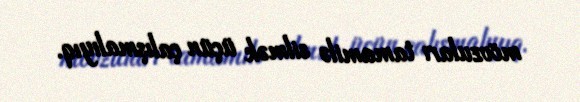
mövzuları tamamilə silmək üçün çalışmalıyıq.